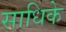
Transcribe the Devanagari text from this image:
साधिके